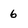
Character: 6